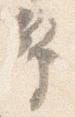
幣